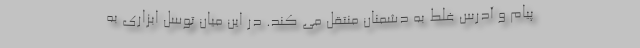
پیام و آدرس غلط به دشمنان منتقل می کند. در این میان توسل ابزاری به